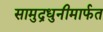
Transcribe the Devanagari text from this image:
सामुद्रधुनीमार्फत